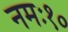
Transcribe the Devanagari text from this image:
नमः१०